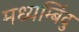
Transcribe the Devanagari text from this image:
मध्यम्बिंदु